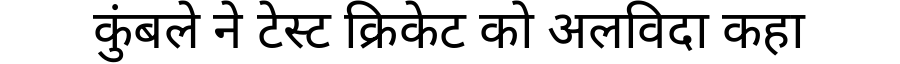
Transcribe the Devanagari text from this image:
कुंबले ने टेस्ट क्रिकेट को अलविदा कहा